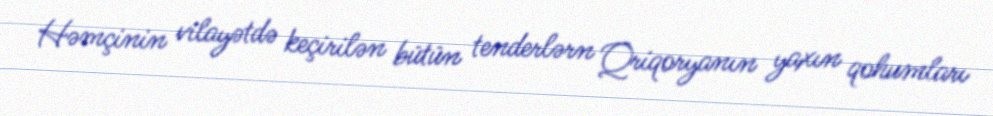
Həmçinin vilayətdə keçirilən bütün tenderlərn Qriqoryanın yaxın qohumları